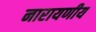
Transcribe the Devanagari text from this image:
नारायणीय